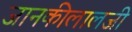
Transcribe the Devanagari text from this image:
जानकीलालजी